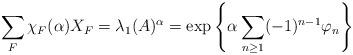
LaTeX: \begin{align*}\sum_F \chi_F(\alpha)X_F = \lambda_1(A)^\alpha=\exp\left\{\alpha\sum_{n\ge 1}(-1)^{n-1}\varphi_n\right\}\end{align*}